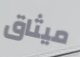
ميثاق